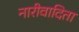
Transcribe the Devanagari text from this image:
नारीवादिता